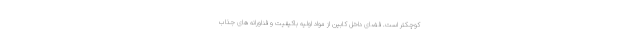
کوچکتر است. فضای داخل کابین از مواد اولیه باکیفیت و فناورانه های جذاب